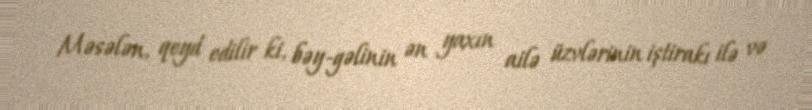
Məsələn, qeyd edilir ki, bəy-gəlinin ən yaxın ailə üzvlərinin iştirakı ilə və